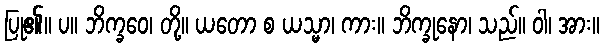
ပြု၏။ ပ။ ဘိက္ခဝေ၊ တို့။ ယတော စ ယသ္မာ၊ ကား။ ဘိက္ခုနော၊ သည်။ ဝါ၊ အား။